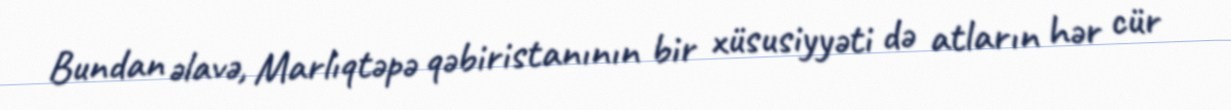
Bundan əlavə, Marlıqtəpə qəbiristanının bir xüsusiyyəti də atların hər cür